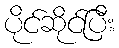
ပိုင်ဆိုင်ပြီး